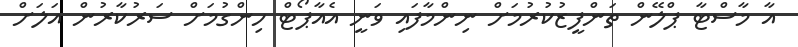
އާ މާސްޓާ ޕްލޭން ތަންފީޒުކުރުމަށް ނިންމާފައި ވަނީ އެއާޕޯޓް ހިންގުމަށް ސަރުކާރުން އަލަށް